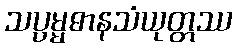
သပ္ပမ္မဓာနသံယုတ္တဿ